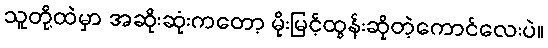
သူတို့ထဲမှာ အဆိုးဆုံးကတော့ မိုးမြင့်ထွန်းဆိုတဲ့ကောင်လေးပဲ။